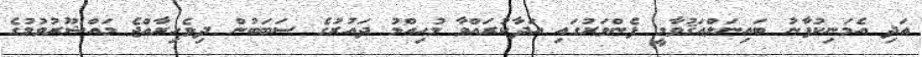
އަދި އެމަނިކުފާނު ބައިނަލްއަޤުވާމީ ފެންވަރުގައި އަދާކުރައްވާ މުޙިއްމު ދައުރުގެ ސަބަބުން ދިވެހިރާއްޖެ މައްޝޫރުވުމުގެ